Lunatic asylums United Provinces 1899-1908 - 1899-1908
Year: 1899
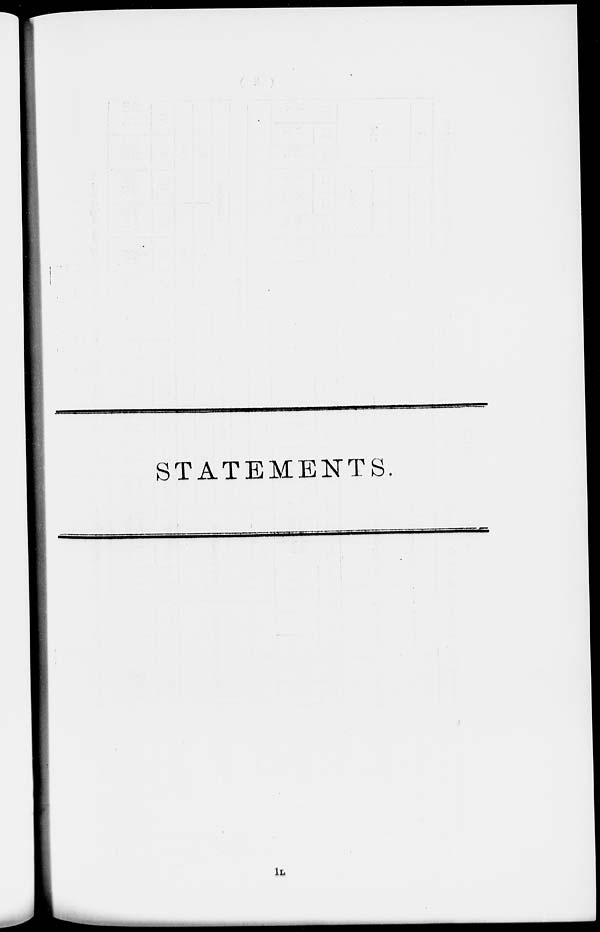
STATEMENTS.